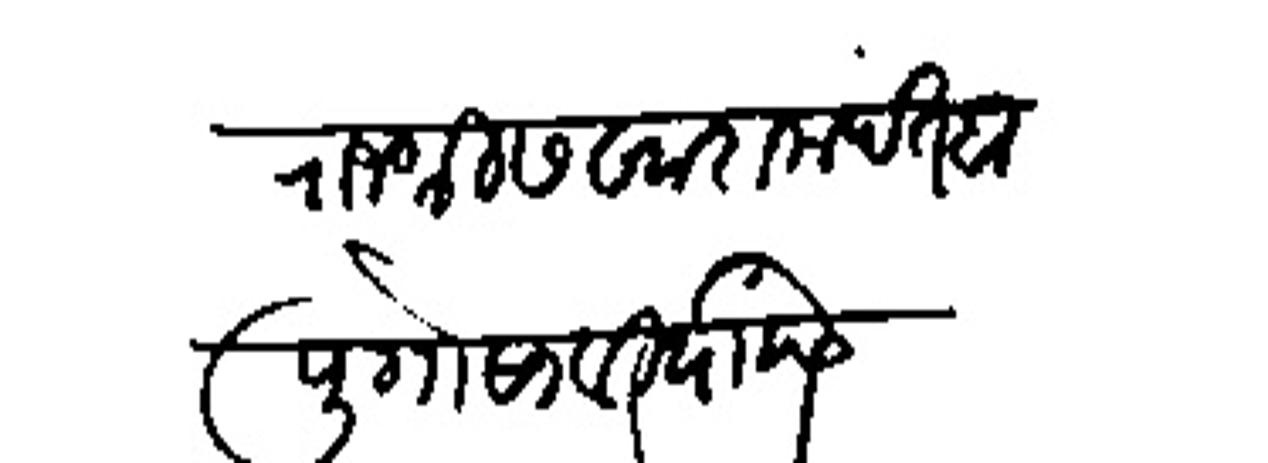
Transliteration (Devanagari): राजश्री सखारामपंत बापू गोसाबी यांसी